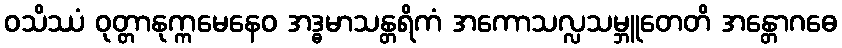
ဝသိဿံ ဝုတ္တာနုက္ကမေနေဝ အဒ္ဓမာသန္တရိကံ အကောသလ္လသမ္ဘူတေတိ အန္တောဂဓေ